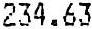
234.63